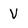
Character: V